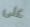
على